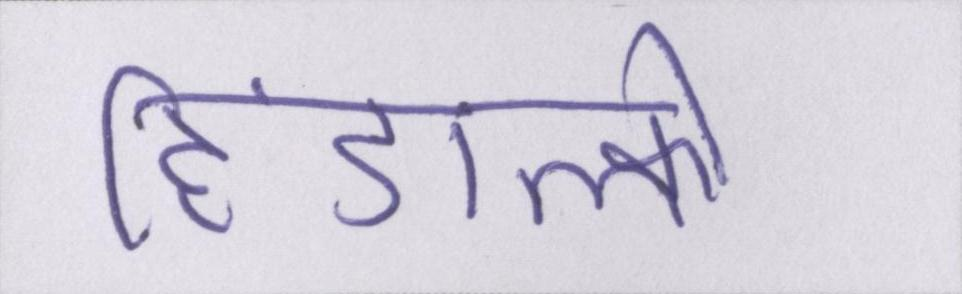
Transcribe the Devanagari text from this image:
हिंडाल्को